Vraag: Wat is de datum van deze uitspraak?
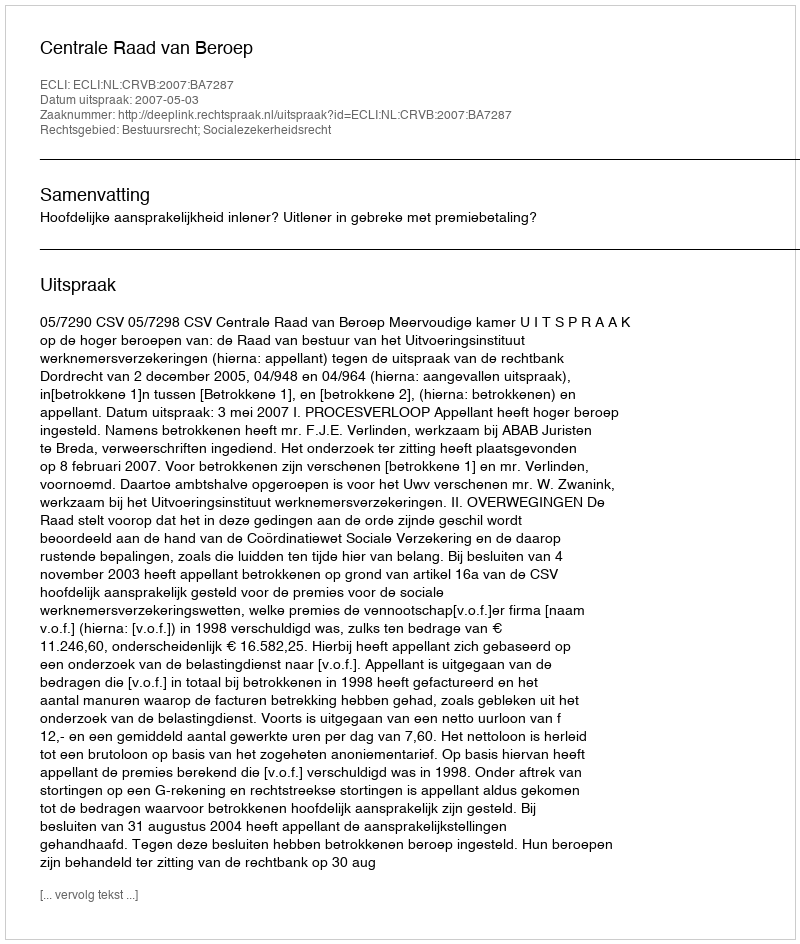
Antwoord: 2007-05-03